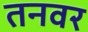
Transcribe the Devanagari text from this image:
तनवर